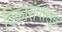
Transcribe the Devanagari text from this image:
विकारांपासून